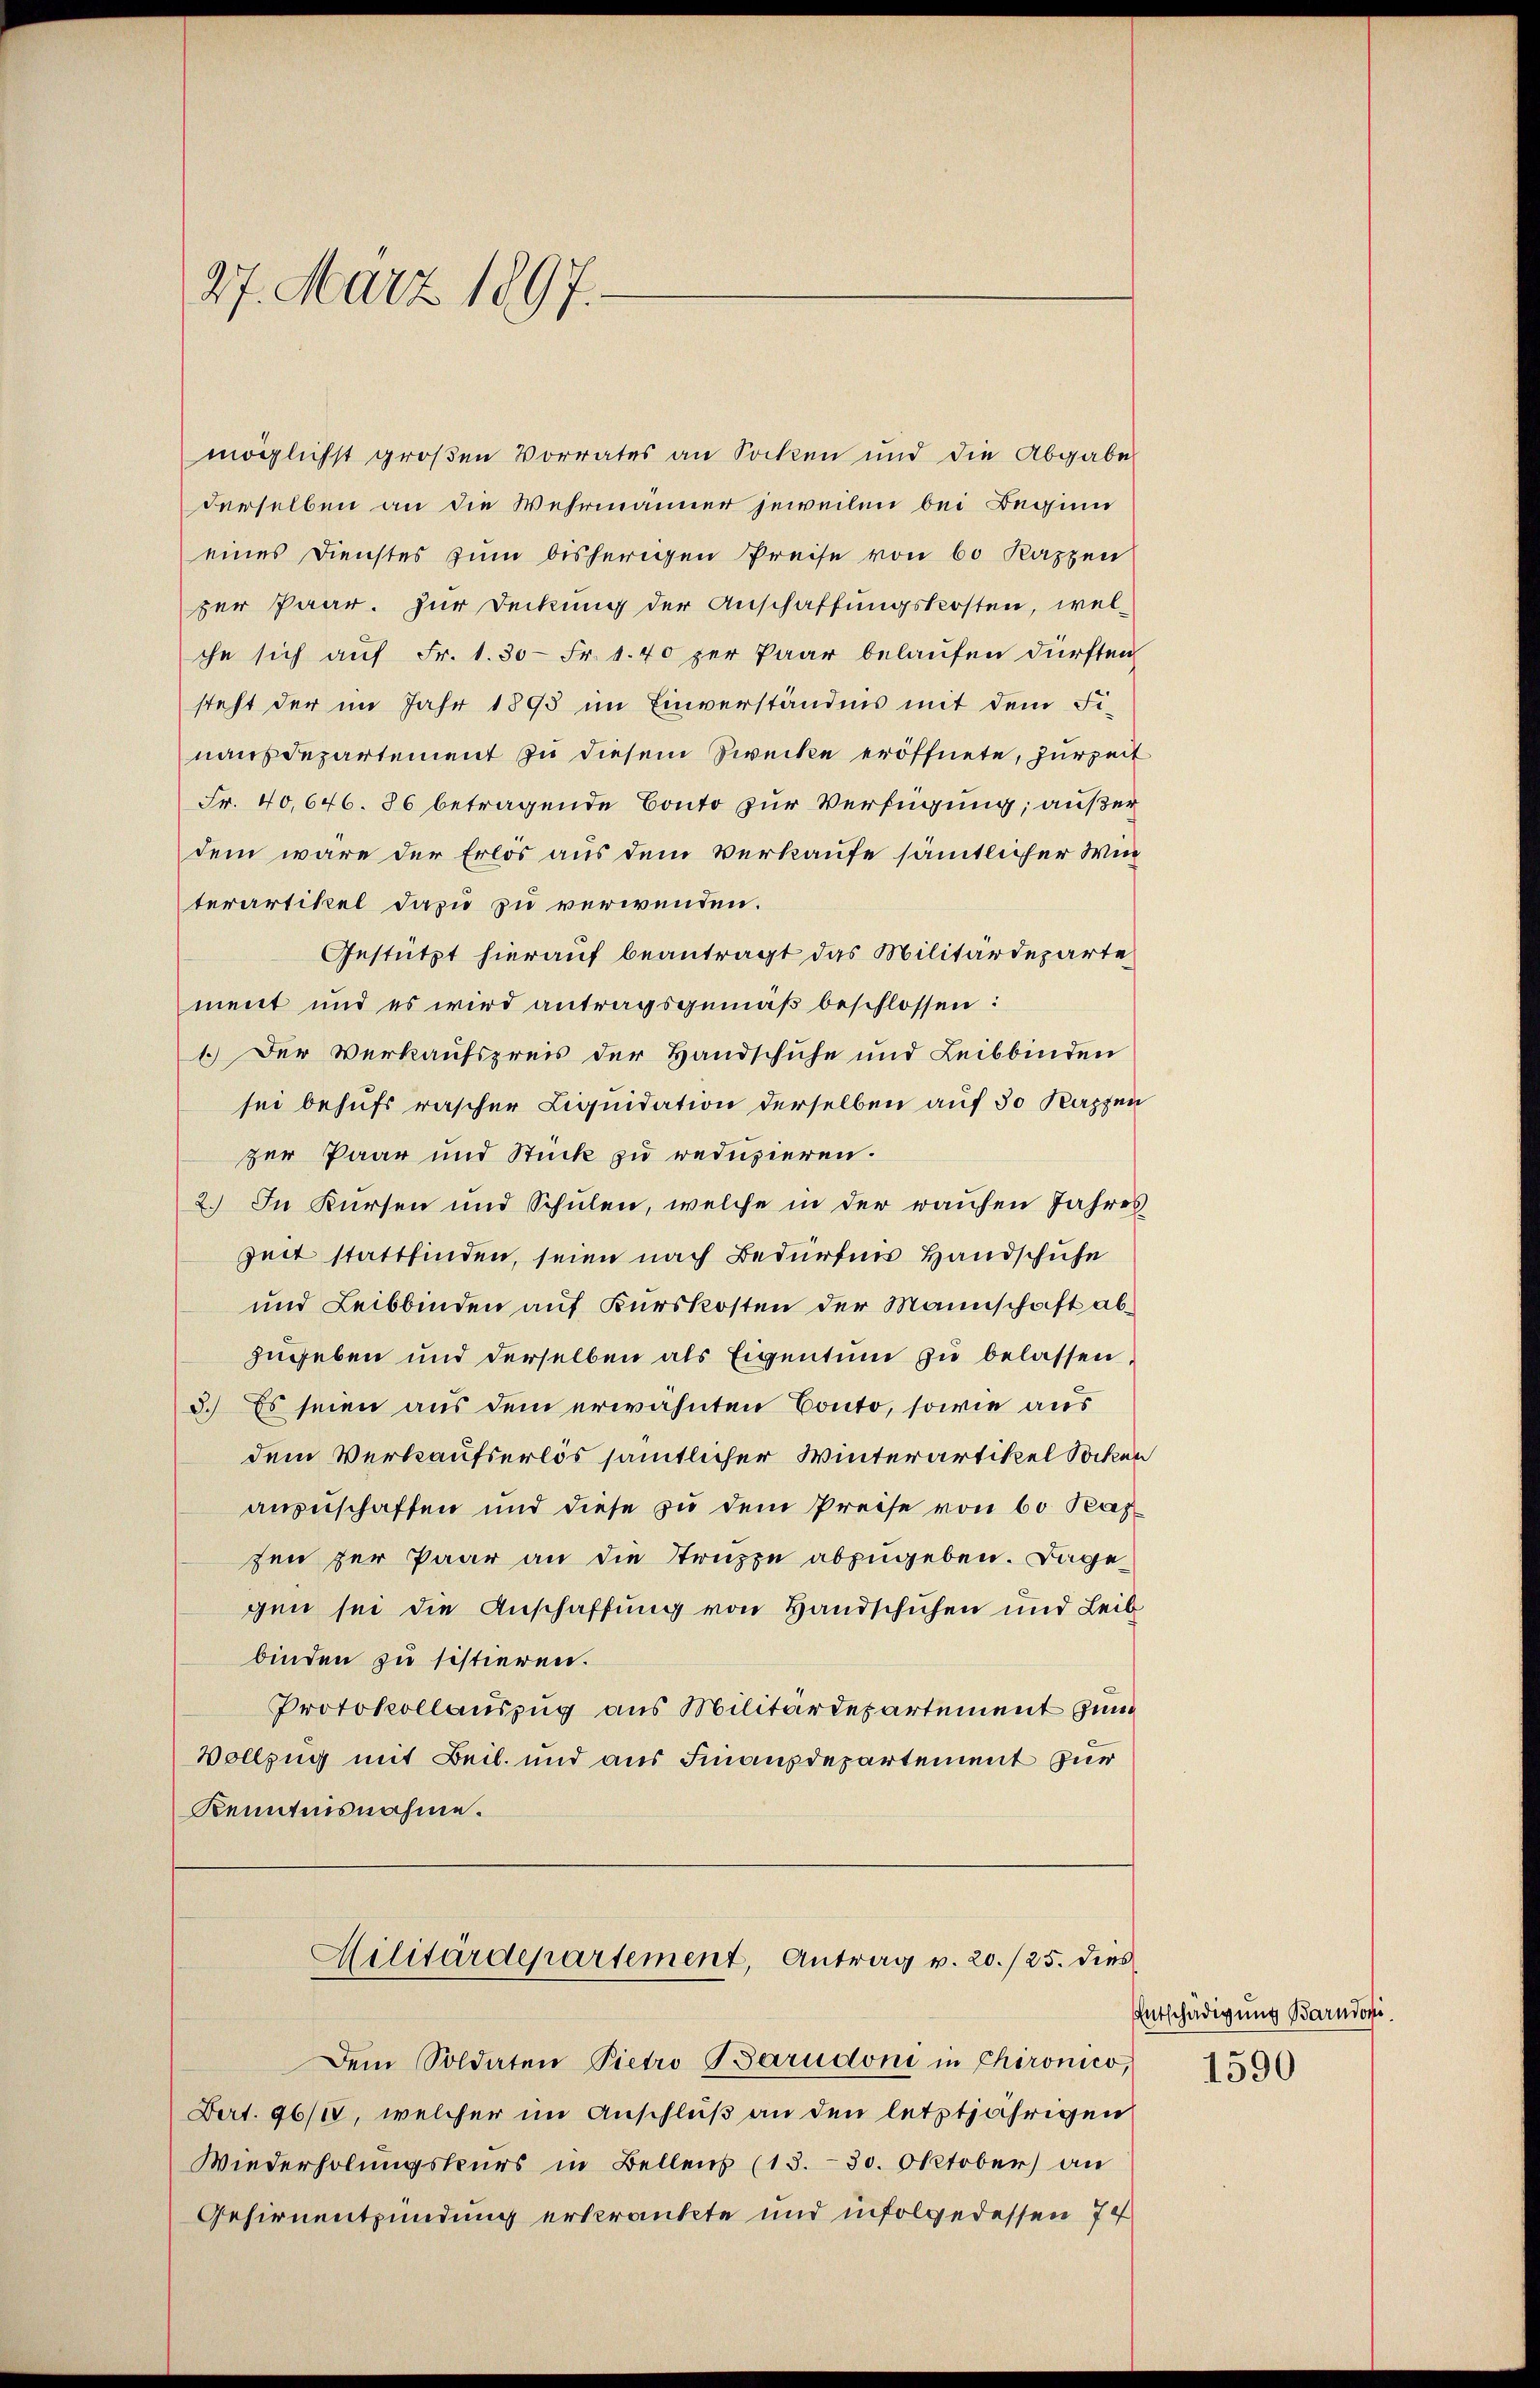
27. März 1897.

möglichst großen Vorrates an Socken und die Abgabe
derselben an die Wehrmanner jeweilen bei Beginn
eines Dienstes zum bisherigen Preise von 60 Kappen
zer Paar. Zur Deckung der Anschaffungskosten, welche sich auf Fr. 1. 30- Fr. 1. 40 per Paar belaufen dürften
steht der im Jahr 1893 im Einverständnis mit dem Finausdepartement zu diesem Zwecke eröffnete, zurzeit
Fr. 40,646. 86 betragende Conto zur Verfügung; außer
dem wäre der Erlös aus dem Verkaufe sämmtlicher Win
terartikel dazu zu verwenden.
Gestützt hierauf beantragt das Militärdeparte
ment und es wird antragsgemäß beschlossen:
1.) Der Verkaufspreis der Handschuhe und Leibbinden
sei behufs rascher Liquidation derselben auf 30 Kappen
zer Paar und Stück zu reduzieren.
2.) In Kürsen und Schulen, welche in der waisen Jahres
Zeit stattfinden, seien nach Bedürfnis Handschuhe
und Leibbinden auf Kurskosten der Mannschaft abzugeben und derselben als Eigentum zu belassen,
3.) Es seien aus dem erwähnten Conto, sowie aus
dem Verkaufserlös sämtlicher Winterartikel Socken
anzuschaffen und diese zu dem Preise von 60 Paz
fen zur Paar an die Struppe abzugeben. Dagegen sei die Anschaffung von Handschuhen und Leib
binden zu sistieren.
Protokollauszug aus Militärdepartement zun
Vollzug mit Beil und aus Finanzdepartement zur
Kenntnisnahme.
Militärdepartement, Antrag v. 20./25. dies
Dem Soldaten Pietro Barudoni in Chironico,
Dert. 96/18, welcher im Anschluß an den letztjährigen
Wiederholungskurs in Bellens (13. 30. Oktober) an
Gehirnentzündung erkränkte und infolgedessen 74

Entschädigung Barndovi

1590